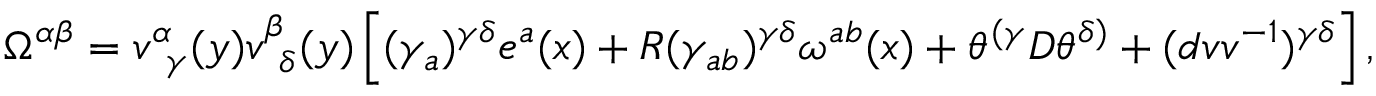
\Omega ^ { \alpha \beta } = v _ { ~ \gamma } ^ { \alpha } ( y ) v _ { ~ \delta } ^ { \beta } ( y ) \left[ ( \gamma _ { a } ) ^ { \gamma \delta } e ^ { a } ( x ) + R ( \gamma _ { a b } ) ^ { \gamma \delta } \omega ^ { a b } ( x ) + \theta ^ { ( \gamma } { \cal D } \theta ^ { \delta ) } + ( d v v ^ { - 1 } ) ^ { \gamma \delta } \right] ,